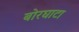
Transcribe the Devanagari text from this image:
बोरघाटा